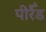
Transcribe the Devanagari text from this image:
पीरैँड